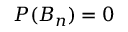
P ( B _ { n } ) = 0